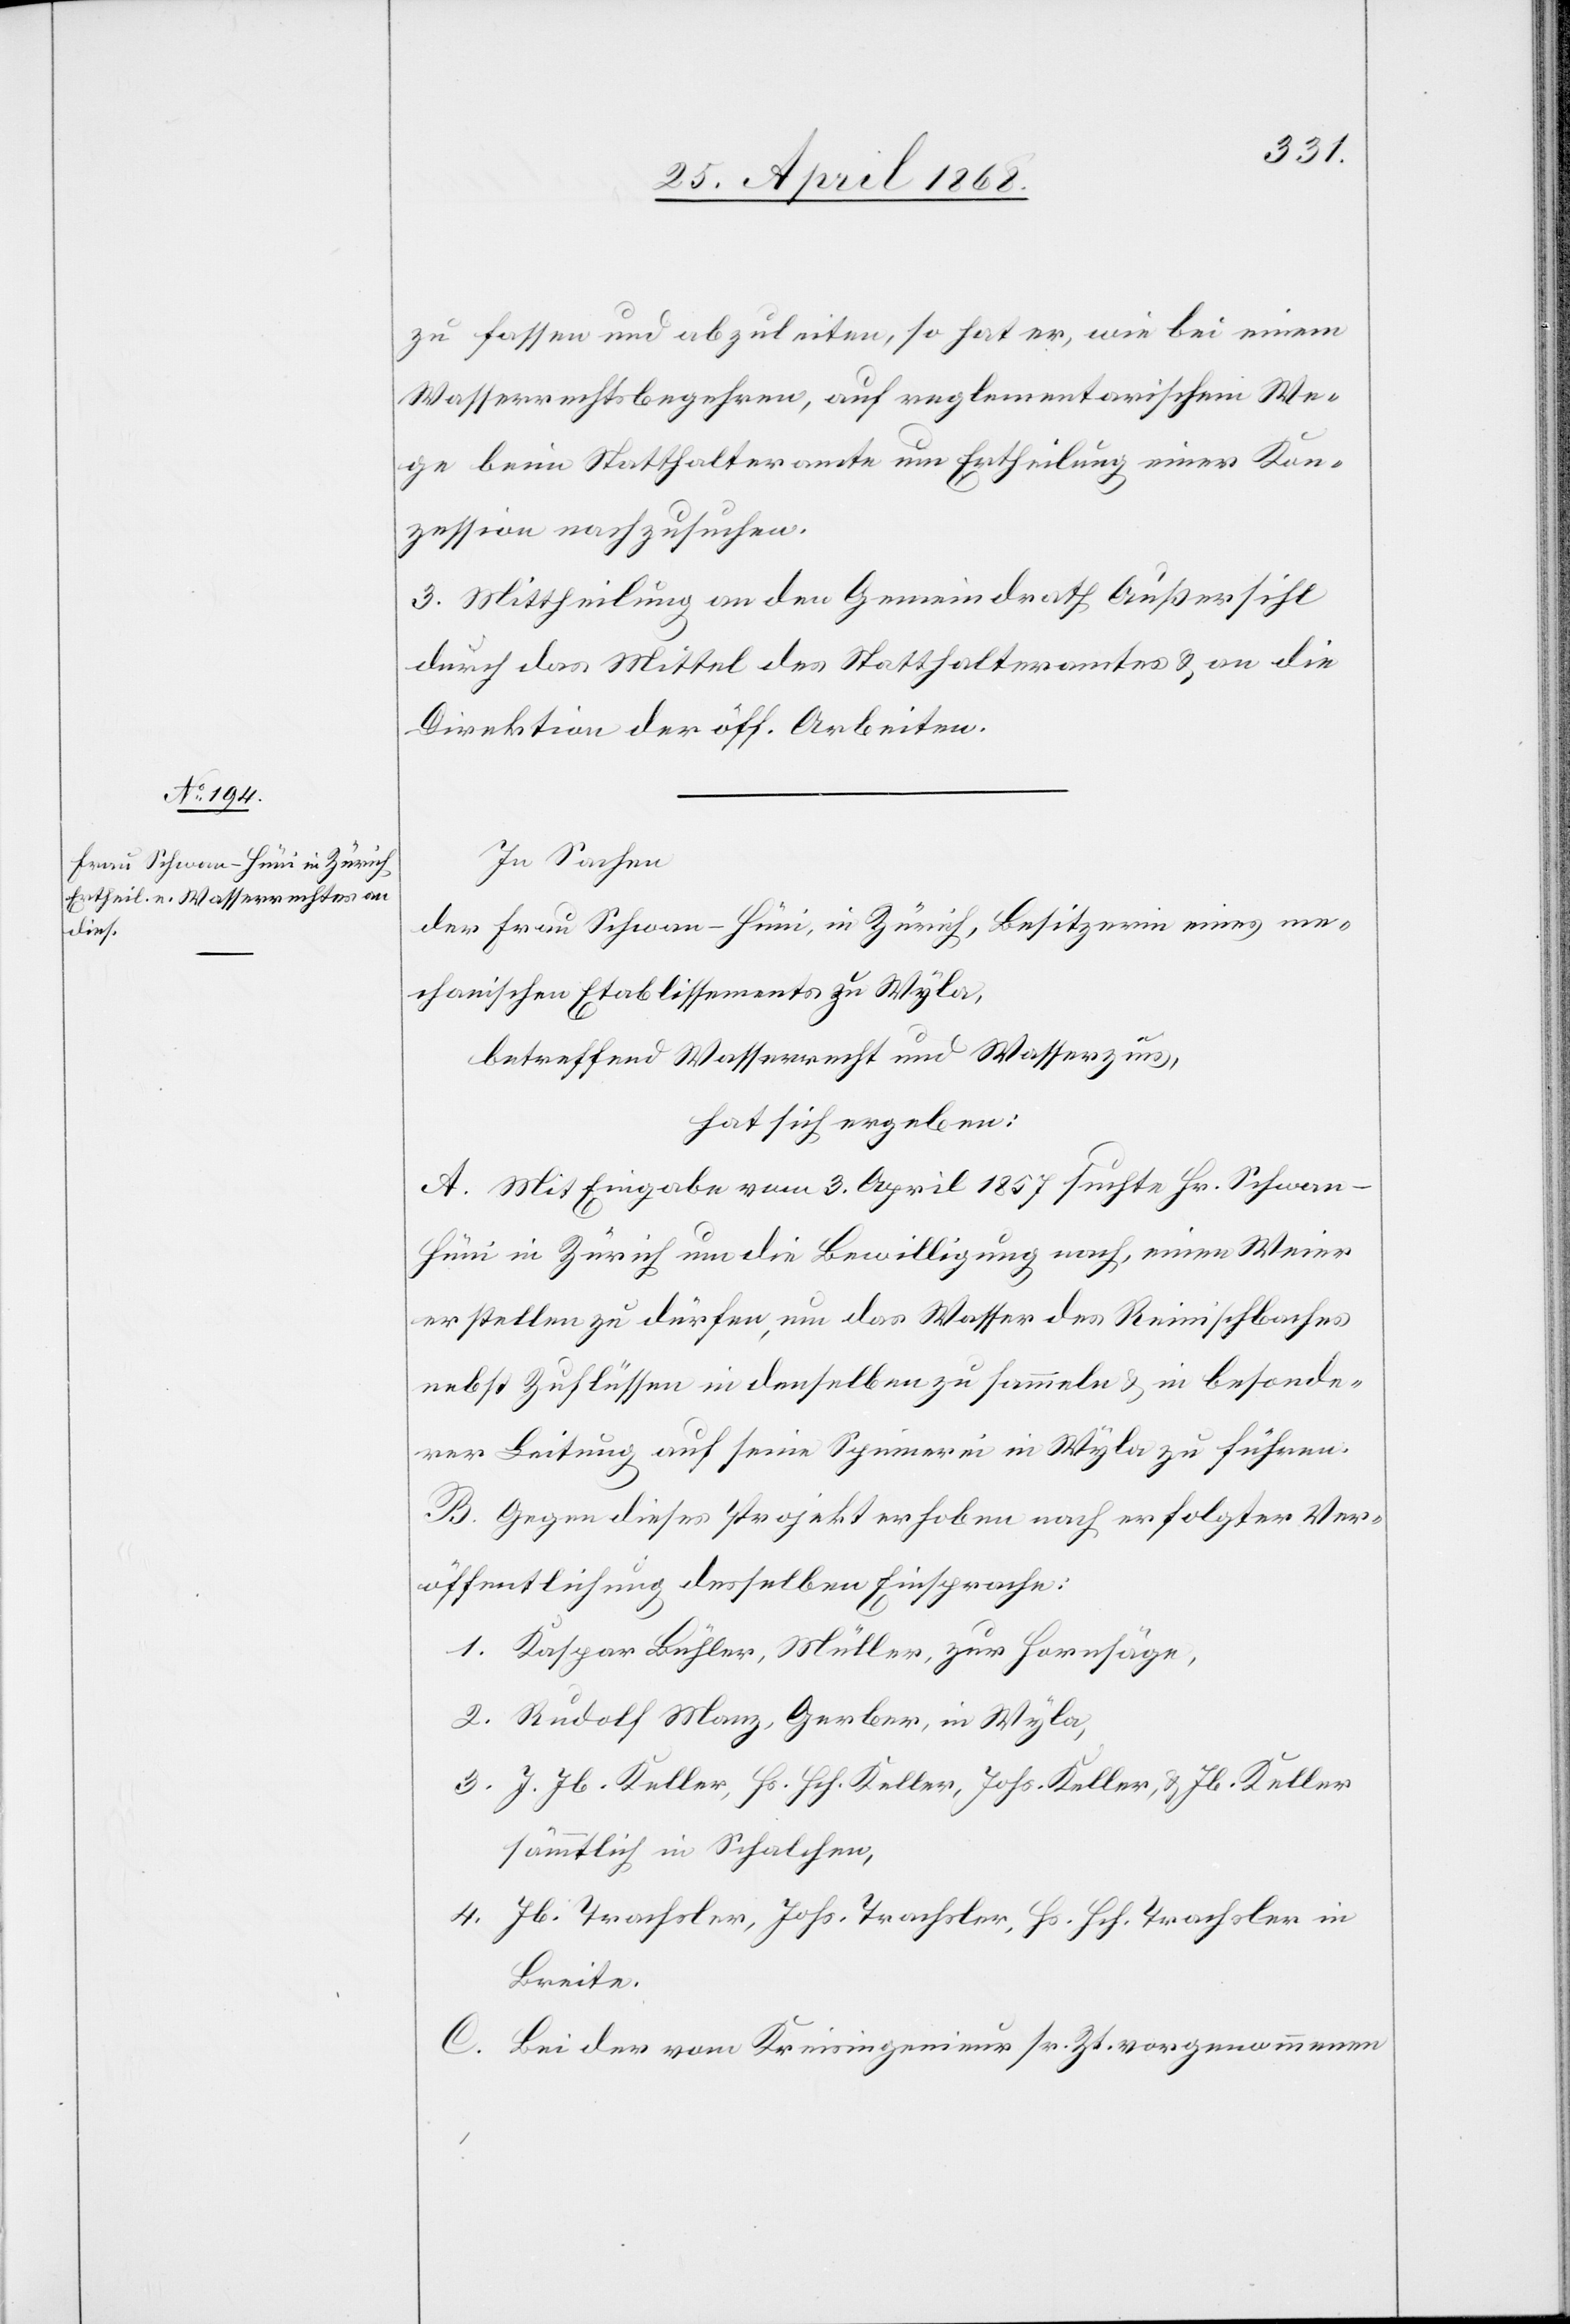
zu fassen und abzuleiten, so hat er, wie bei einem
Wasserrechtsbegehren, auf reglementarischem We¬
ge beim Statthalteramte um Ertheilung einer Kon¬
zession nachzusuchen.
3. Mittheilung an den Gemeindrath Außersihl
durch das Mittel des Statthalteramtes & an die
Direktion der öff. Arbeiten.
In Sachen
der Frau Schwan-Hüni, in Zürich, Besitzerin eines me¬
chanischen Etablissements zu Wyla,
betreffend Wasserrecht und Wasserzins,
hat sich ergeben:
A. Mit Eingabe vom 3. April 1857 suchte Hr. Schwan-H¬
üni in Zürich um die Bewilligung nach, einen Weier
erstellen zu dürfen, um das Wasser des Reinischbaches
nebst Zuflüssen in denselben zu sammeln & in besonde¬
rer Leitung auf seine Spinnerei in Wyla zu führen.
B. Gegen dieses Projekt erhoben nach erfolgter Ver¬
öffentlichung desselben Einsprache:
1. Kaspar Bühler, Müller, zur Hornsäge,
2. Rudolf Manz, Gerber, in Wyla,
3. J. Jb. Keller, Hs. Hch. Keller, Johs. Keller, & Jb. Keller
sämmtlich in Schalchen,
4. Jb. Trachsler, Johs. Trachsler, Hs. Hch. Trachsler in
Breite.
C. Bei der vom Kreisingenieur sr. Zt. vorgenommenen